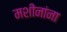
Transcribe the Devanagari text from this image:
मशीनांना